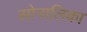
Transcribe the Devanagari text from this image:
सोनालिका